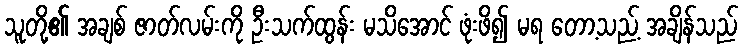
သူတို့၏ အချစ် ဇာတ်လမ်းကို ဦးသက်ထွန်း မသိအောင် ဖုံးဖိ၍ မရ တော့သည့် အချိန်သည်